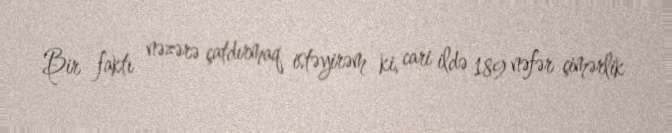
Bir faktı nəzərə çatdırmaq istəyirəm ki, cari ildə 189 nəfər çimərlik